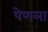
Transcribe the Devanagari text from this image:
पेणला